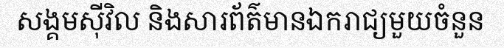
សង្គមស៊ីវិល និងសារព័ត៌មានឯករាជ្យមួយចំនួន